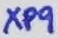
Text: XP9